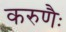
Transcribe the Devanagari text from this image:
करुणैः